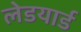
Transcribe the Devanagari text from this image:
लेडयार्ड